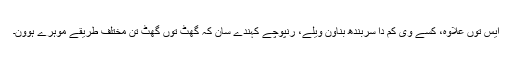
ایس توں علاوہ، کسے وی کم دا سربندھ بناون ویلے، رنپوچے کہندے سان کہ گھٹ توں گھٹ تِن مختلف طریقے موہرے ہوون۔